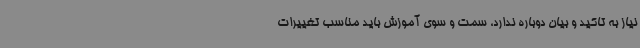
نیاز به تاکید و بیان دوباره ندارد، سمت و سوی آموزش باید مناسب تغییرات